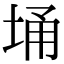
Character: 埇